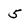
Character: 5